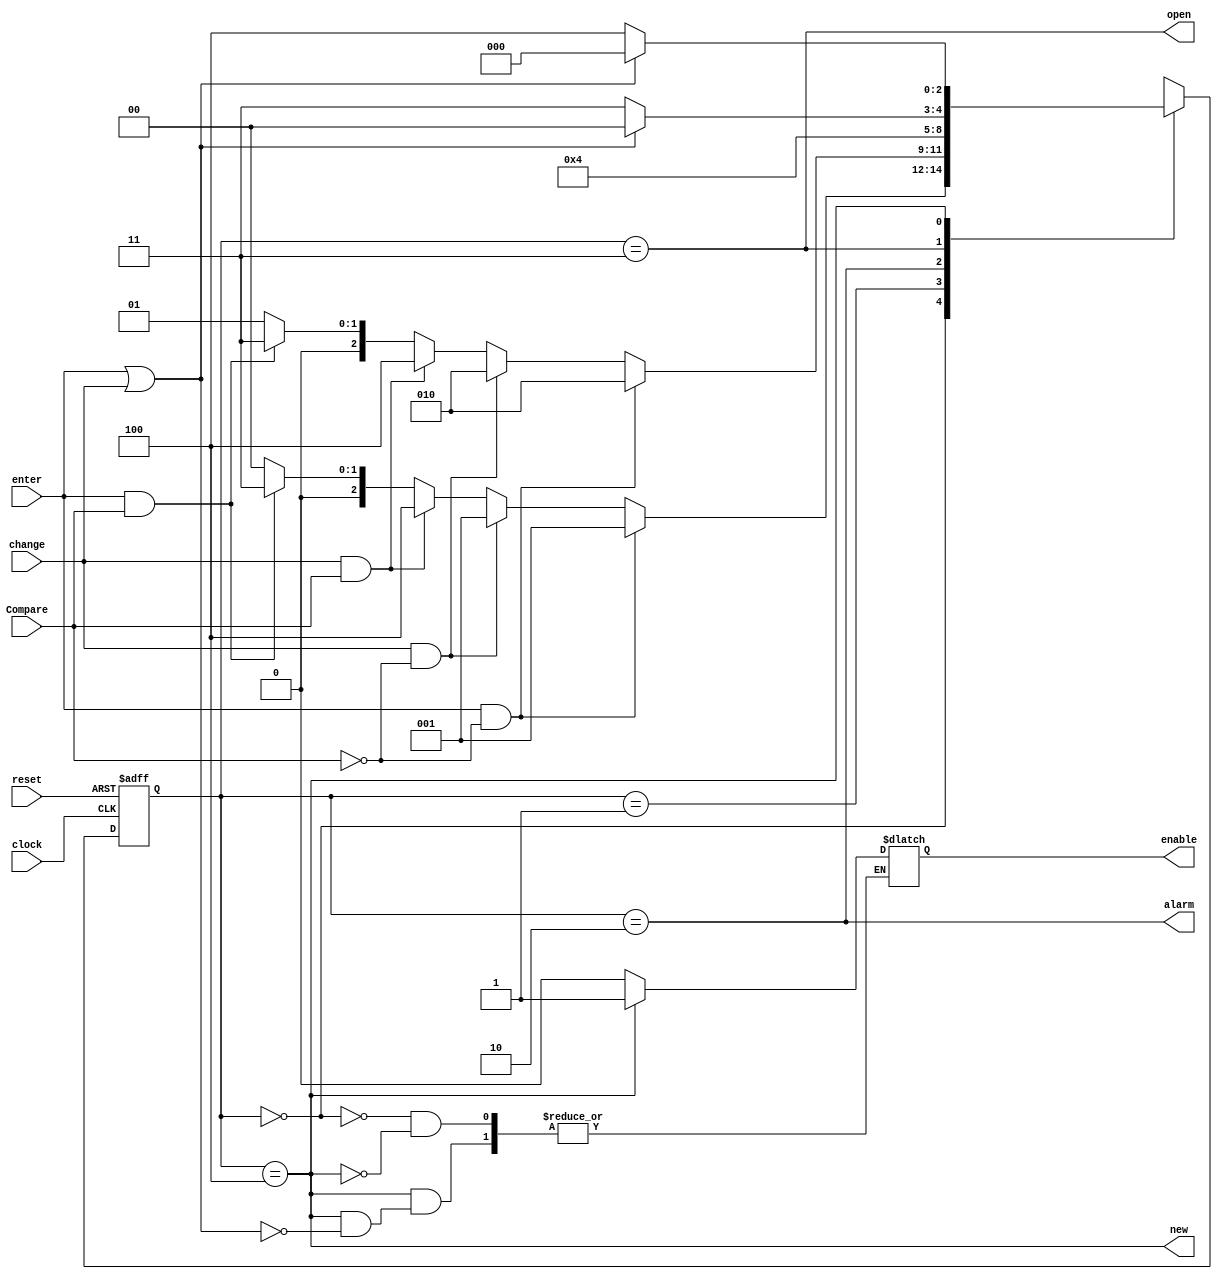
module Moore_FSM(clock, enter, change, Compare, reset, enable, new, open, alarm);
    input enter, change, clock, Compare;
    input reset;
    output new, open, alarm;
    output reg enable;
    parameter [2:0] A = 3'b000, B = 3'b001, C = 3'b010, D = 3'b011, E = 3'b100;
    reg [2:0] current_state, Y;
 
    always @(enter, change)
        case (current_state)
            A:
                begin
                    enable = 0;
                    if (enter && ~Compare)
                        Y = B;
                    else if (change && ~Compare)
                        Y = B;
                    else if (change && Compare)
                        Y = E;
                    else if (enter && Compare)
                        Y = D;
                    else
                        Y = A;
                end
            B:
                if (enter && ~Compare)
                    Y = C;
                else if (change && ~Compare)
                    Y = C;
                else if (change && Compare)
                    Y = E;
                else if (enter && Compare)
                    Y = D;
                else
                    Y = B;
            C:
                if (enter || change)
                    Y = C;
                else
                    Y = C;
            D:
                if (enter || change)
                    Y = A;
                else
                    Y = D;
            E:
                begin
                    if (enter || change)
                        begin
                        Y = A;
                        enable = 1;
                        end
                    else
                        Y = E;
                end
            default: Y = 2'bxxx;
        endcase
   
    always @(negedge reset, posedge clock)
    begin
        if (reset == 0)
            current_state <= A;
        else
            current_state <= Y;
    end
   
    assign new = (current_state == E);
    assign open = (current_state == D);
    assign alarm = (current_state == C);
endmodule